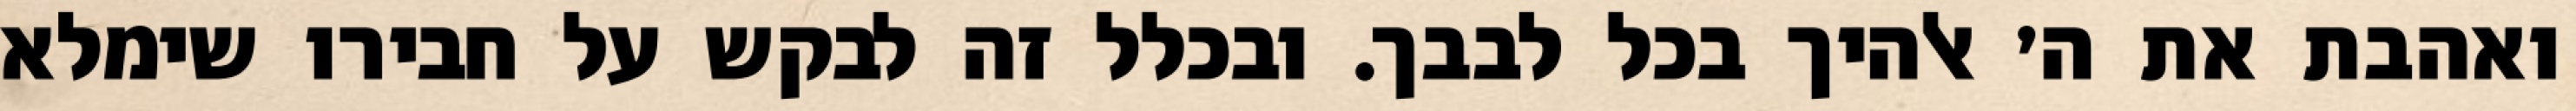
ואהבת את ה׳ אלהיך בכל לבבך. ובכלל זה לבקש על חבירו שימלא